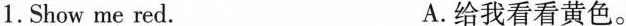
1. Show me red. A.给我看看黄色。